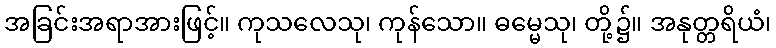
အခြင်းအရာအားဖြင့်။ ကုသလေသု၊ ကုန်သော။ ဓမ္မေသု၊ တို့၌။ အနုတ္တရိယံ၊